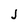
Character: J